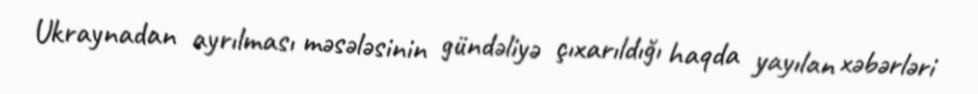
Ukraynadan ayrılması məsələsinin gündəliyə çıxarıldığı haqda yayılan xəbərləri